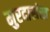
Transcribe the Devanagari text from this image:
मुरदासंख